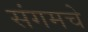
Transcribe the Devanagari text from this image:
संगमचे